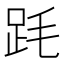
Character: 𣭻